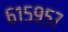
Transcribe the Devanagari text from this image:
६१५९५७